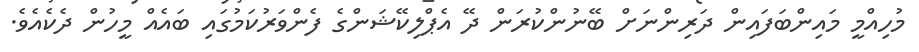
މުހިއްމީ މައިންބަފައިން ދަރިންނަށް ބޭނުންކުރަން ދޭ އެޕްލިކޭޝަންގެ ފެންވަރުކަމުގައި ބައެއް މީހުން ދެކެއެވެ.